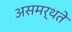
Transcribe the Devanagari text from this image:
असमर्थते